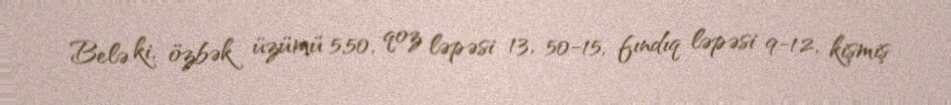
Belə ki, özbək üzümü 5,50, qoz ləpəsi 13, 50-15, fındıq ləpəsi 9-12, kişmiş